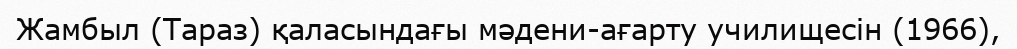
Жамбыл (Тараз) қаласындағы мәдени-ағарту училищесін (1966),